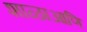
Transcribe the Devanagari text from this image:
शाळाआणि